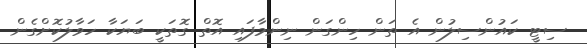
ސިޓީ ކައުންސިލުން އެ ތަން ހިންގަން ނިންމާފައި އޮތް ގޮތަކީ ބަޔަކާ ހަވާލުކޮށްގެން